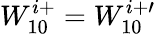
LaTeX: W_{10}^{i+}=W_{10}^{i+\prime}